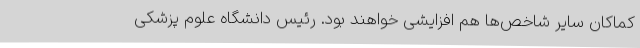
کماکان سایر شاخص‌ها هم افزایشی خواهند بود. رئیس دانشگاه علوم پزشکی